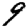
Digit: 9